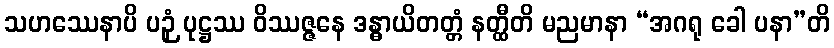
သဟဿေနာပိ ပဉှံ ပုဋ္ဌဿ ဝိဿဇ္ဇနေ ဒန္ဓာယိတတ္တံ နတ္ထီတိ မညမာနာ “အဂရု ခေါ ပနာ”တိ